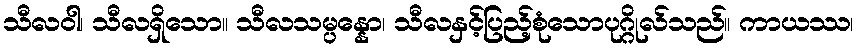
သီလဝါ၊ သီလရှိသော။ သီလသမ္ပန္နော၊ သီလနှင့်ပြည့်စုံသောပုဂ္ဂိုလ်သည်။ ကာယဿ၊